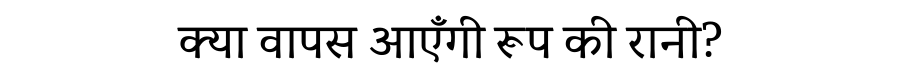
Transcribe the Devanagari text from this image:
क्या वापस आएँगी रूप की रानी?